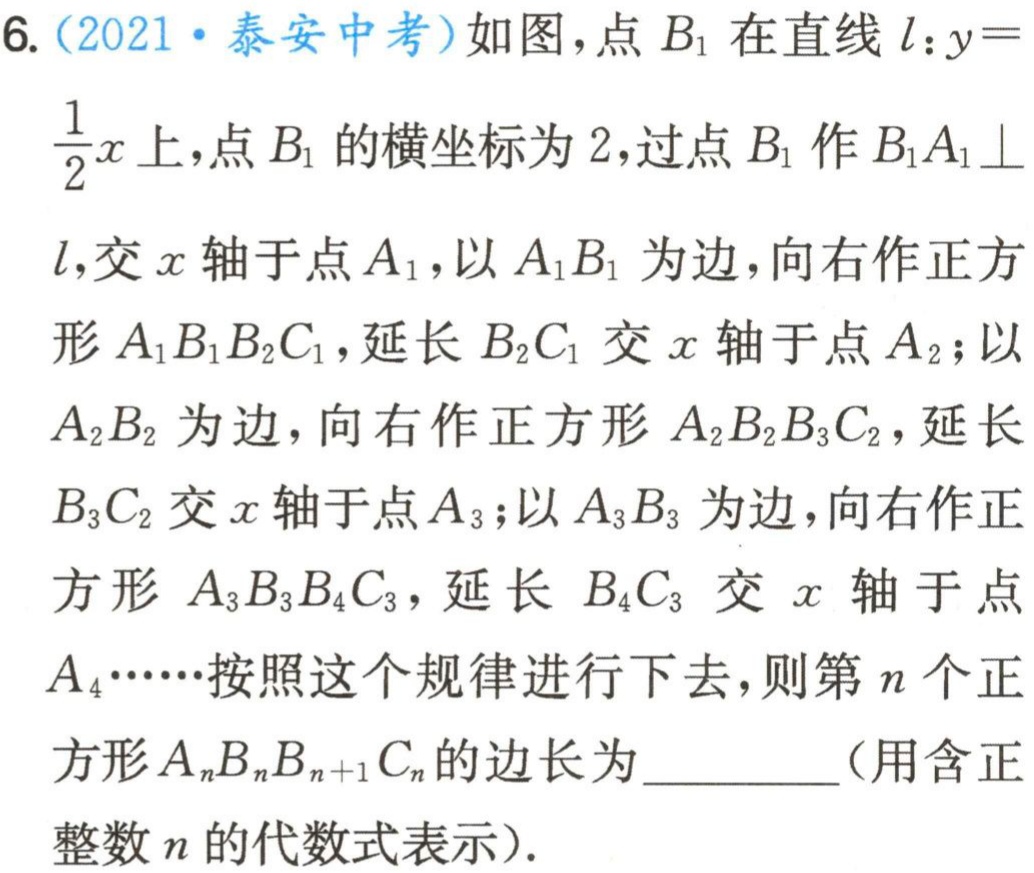
6. (2021·泰安中考)如图，点\(B_1\)在直线\(l:y = \frac{1}{2}x\)上，点\(B_1\)的横坐标为\(2\)，过点\(B_1\)作\(B_1A_1\perp l\)，交\(x\)轴于点\(A_1\)，以\(A_1B_1\)为边，向右作正方形\(A_1B_1B_2C_1\)，延长\(B_2C_1\)交\(x\)轴于点\(A_2\)；以\(A_2B_2\)为边，向右作正方形\(A_2B_2B_3C_2\)，延长\(B_3C_2\)交\(x\)轴于点\(A_3\)；以\(A_3B_3\)为边，向右作正方形\(A_3B_3B_4C_3\)，延长\(B_4C_3\)交\(x\)轴于点\(A_4\cdots\cdots\)按照这个规律进行下去，则第\(n\)个正方形\(A_nB_nB_{n + 1}C_n\)的边长为  （用含正整数\(n\)的代数式表示）.